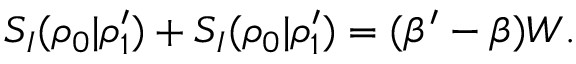
S _ { I } ( \rho _ { 0 } | \rho _ { 1 } ^ { \prime } ) + S _ { I } ( \rho _ { 0 } | \rho _ { 1 } ^ { \prime } ) = ( \beta ^ { \prime } - \beta ) W .